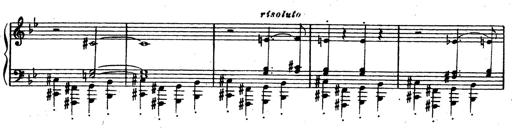
Title: Trauervorspiel und Trauermarsch
Composer: Franz Liszt